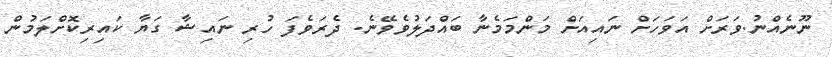
ނޫނެއްނު.ވަރަށް އަވަހަށް ނައިއަށް މަންމަމެނާ ބައްދަލުވެވޭނެ. ދެރަވެފަ ހުރި ނައިޝާ ގަޔާ ކައިރިކޮށްލަމުން